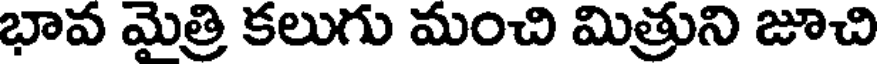
భావ మైత్రి కలుగు మంచి మిత్రుని జూచి